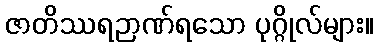
ဇာတိဿရဉာဏ်ရသော ပုဂ္ဂိုလ်များ။